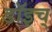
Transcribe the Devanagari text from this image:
डॉइच्